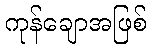
ကုန်ချောအဖြစ်